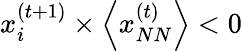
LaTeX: x_{i}^{(t+1)}\times\left<x_{NN}^{(t)}\right><0